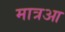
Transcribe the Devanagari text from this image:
मात्रआ